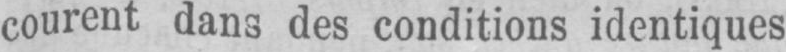
courent dans des conditions identiques